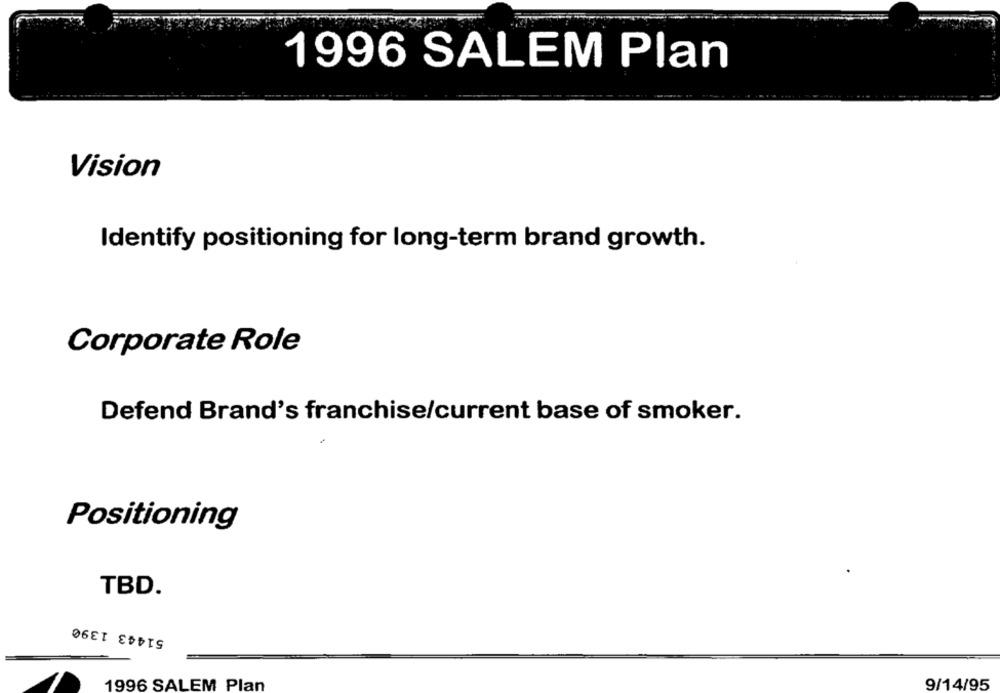
1996 SALEM Plan
Vision
Identify positioning for long-term brand growth.
Corporate Role
Defend Brand's franchise/current base of smoker.
Positioning
TBD.
51443 1390
9/14/95
1996 SALEM Plan